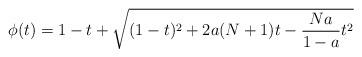
LaTeX: \begin{align*}\phi (t) = 1-t + \sqrt{(1-t)^2 + 2 a (N+1) t - \frac{Na}{1-a} t^2}\end{align*}